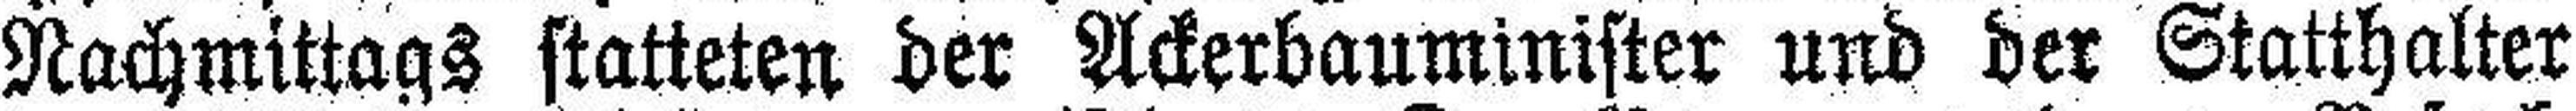
Nachmittags statteten der Ackerbaummister und der Statthalter